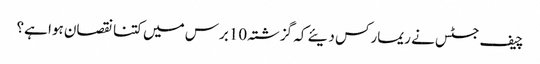
چیف جسٹس نے ریمارکس دیئے کہ گزشتہ 10برس میں کتنا نقصان ہوا ہے؟